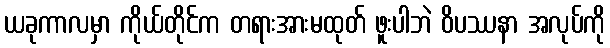
ယခုကာလမှာ ကိုယ်တိုင်က တရားအားမထုတ် ဖူးပါဘဲ ဝိပဿနာ အလုပ်ကို